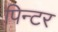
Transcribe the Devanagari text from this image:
पिन्टर